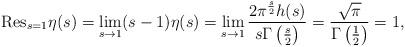
LaTeX: \begin{align*} {\rm Res}_{s=1}\eta(s)=\lim_{s\to 1}(s-1)\eta(s)=\lim_{s\to 1}\frac{2\pi^{\frac{s}{2}}h(s)}{s\Gamma\left(\frac{s}{2}\right)}=\frac{\sqrt{\pi}}{\Gamma\left(\frac{1}{2}\right)}=1,\end{align*}